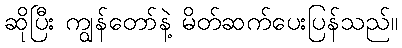
ဆိုပြီး ကျွန်တော်နဲ့ မိတ်ဆက်ပေးပြန်သည်။